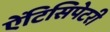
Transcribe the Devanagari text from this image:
ऐंटिसिपेटरी